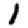
Digit: 1